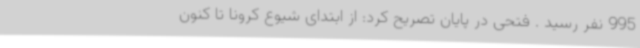
995 نفر رسید . فتحی در پایان تصریح کرد: از ابتدای شیوع کرونا تا کنون